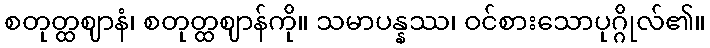
စတုတ္ထဈာနံ၊ စတုတ္ထဈာန်ကို။ သမာပန္နဿ၊ ဝင်စားသောပုဂ္ဂိုလ်၏။